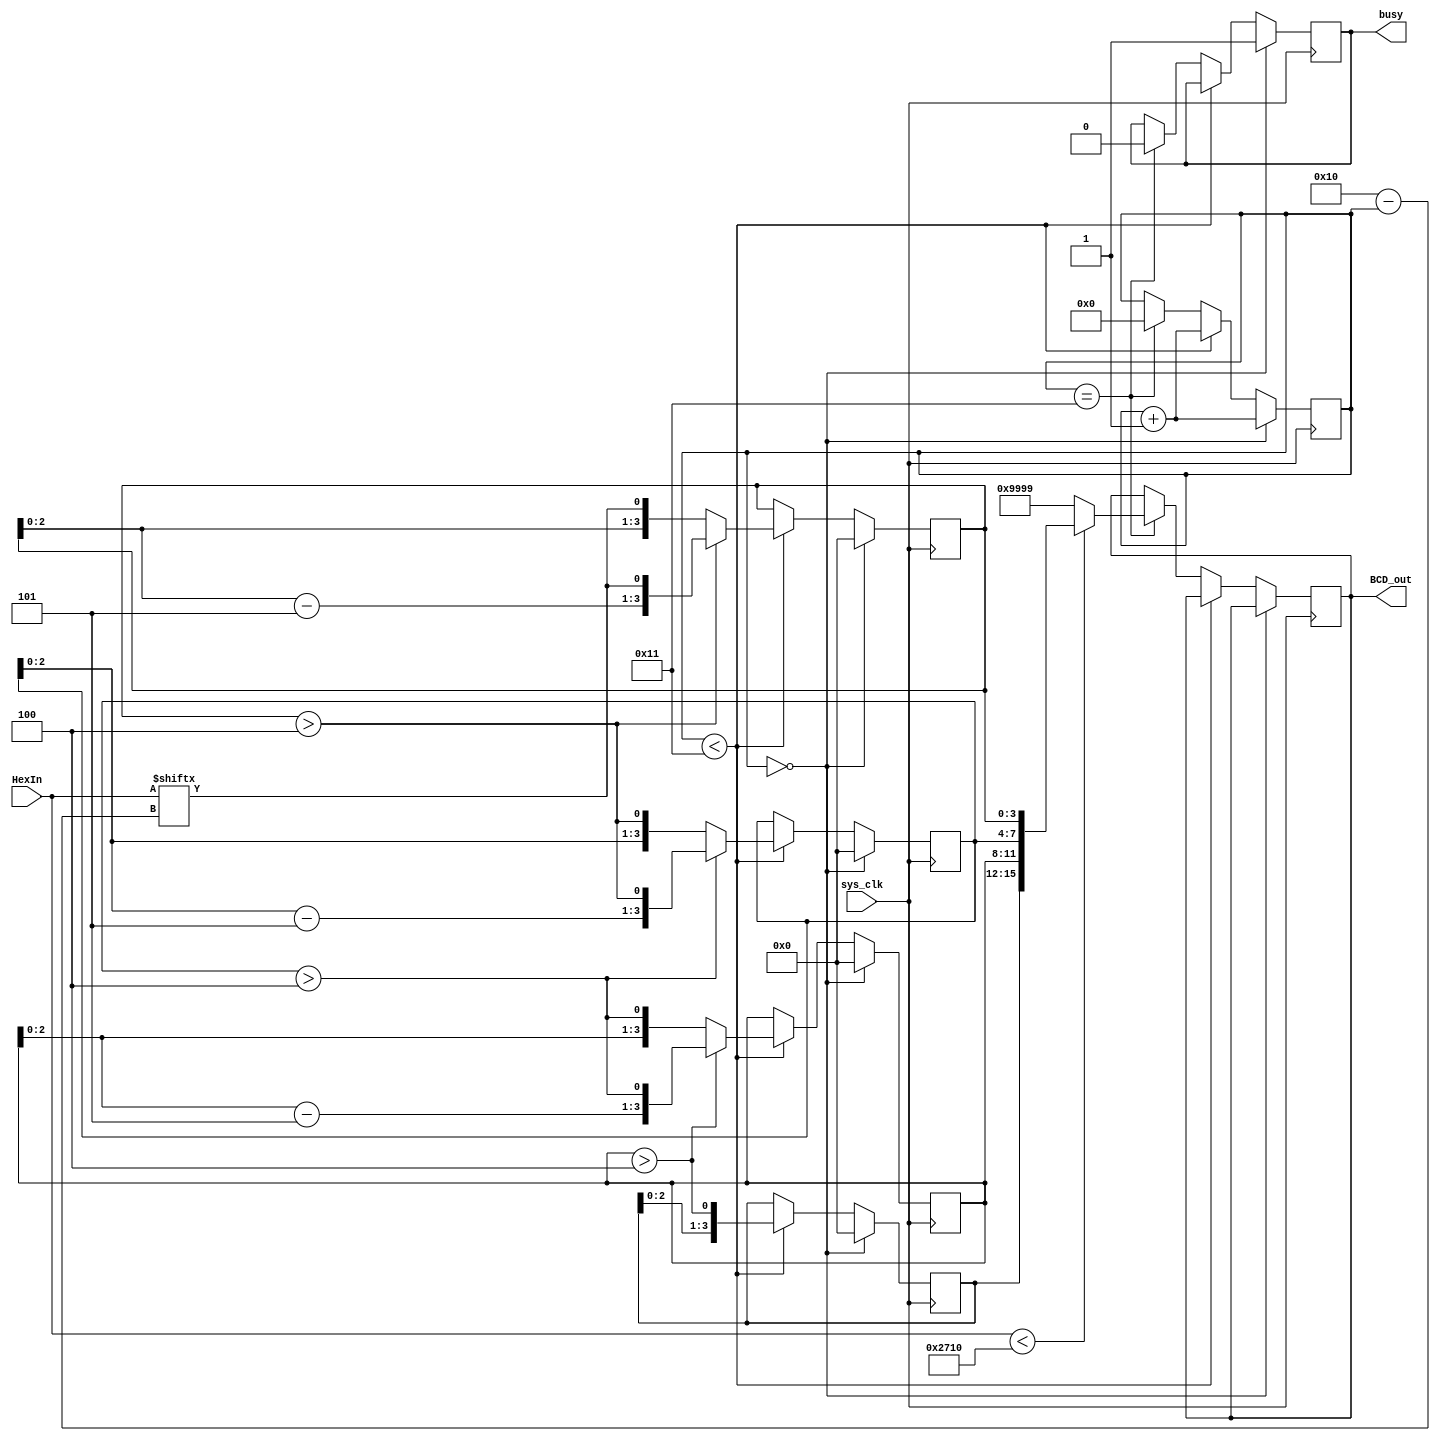
module hex2bcd(sys_clk, HexIn, BCD_out, busy);
    //works tested kw 8/1/08
        // converts a POSITVE or UNSIGNED binary value into a 4 digit BCD
        //signal valid at negative going edge of busy
        //based on Jermia's Mans Code
        input [15:0] HexIn;    //check that it does not exceed max value
    input sys_clk;

    output reg [15:0] BCD_out = 0;
        output reg busy = 0;
       

       //BCD conversion is based on shift-register technique with carry depending on whether value>=5

       reg [3:0] digit0, digit1, digit2, digit3;
       wire carry0, carry1, carry2;
       reg [4:0] counter =0;
              
       assign carry0=(digit0>4);
       assign carry1=(digit1>4);
       assign carry2=(digit2>4);

       always @(posedge sys_clk) begin
              if (counter==0) begin
                     digit0<=0;
                     digit1<=0;
                     digit2<=0;
                     digit3<=0;
                     busy <= 1'b1;
                     counter <= counter + 1;
              end
              
              else if (counter<17) begin
                if (carry0)
                           digit0<={digit0-5,HexIn[16-counter]};
                else
                           digit0<={digit0[2:0],HexIn[16-counter]};
              
                if (carry1)
                           digit1<={digit1-5,carry0};
                else
                           digit1<={digit1[2:0],carry0};
       
                if (carry2)
                           digit2<={digit2-5,carry1};
                else
                           digit2<={digit2[2:0],carry1};
       
                digit3<={digit3[2:0],carry2};
                counter <= counter + 1;
              end 
              
              else if (counter == 17 ) begin
                     if( HexIn < 10000 ) //check that the BCD input value is not exceeding 9999
                           BCD_out <= {digit3,digit2,digit1,digit0}; //if so force output always to 9999
                     else
                           BCD_out <= 16'h9999; //maximum value to be displayed Maybe should be 0xFFFF?
                     busy <= 1'b0;
                           counter <= 0;
              end
       
       end

endmodule